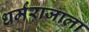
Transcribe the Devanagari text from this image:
धर्मराजाला